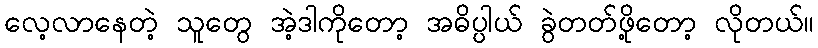
လေ့လာနေတဲ့ သူတွေ အဲ့ဒါကိုတော့ အဓိပ္ပါယ် ခွဲတတ်ဖို့တော့ လိုတယ်။